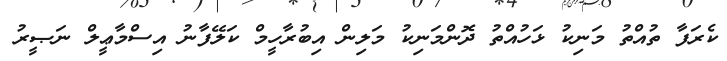
ކެރަފާ ތުއްތު މަނިކުު ޅަހުއްތު ދޮންމަނިކު މަލިން އިބުރާހީމް ކަލޭފާނު އިސްމާޢީލް ނަޞީރު